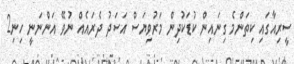
ސީރިއާގައި ކިތަންމެ ގިނައިން ކުޑަކުދިން މަރުވިޔަސް އަސަދު ދެރައެއް ނުވޭ އަންނަނީ ހިނި2